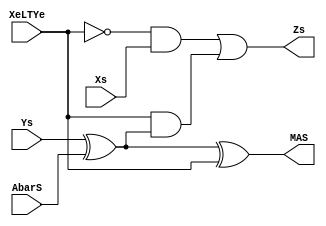
`timescale 1ns/100ps

module ZandMASgen (
    output wire Zs, MAS,
    input wire XeLTYe, Xs, Ys, AbarS
);
    // Logic for Zs
    xor (AbarSxorYs, Ys, AbarS);
    not (XeLTYenot, XeLTYe);
    and (t1, XeLTYenot, Xs);
    and (t2, XeLTYe, AbarSxorYs);
    or (Zs, t1, t2);

    // Logic for MAS
    xor (MAS, Ys, AbarS, XeLTYe);
    
endmodule